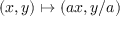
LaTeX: ( x , y ) \mapsto ( a x , y / a )